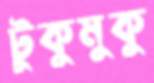
টুকুমুকু